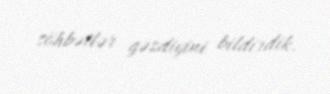
söhbətlər gəzdiyini bildirdik.